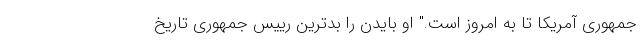
جمهوری آمریکا تا به امروز است." او بایدن را بدترین رییس جمهوری تاریخ